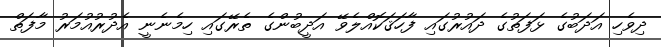
ދިވެހި އަދަބުގެ ޅަފަތުގެ ދައުރުގައި ފާހަޤަކޮއްލެވޭ އަދީބުންގެ ތެރޭގައި ހިމެނެނީ އެދުރުއުމަރު މާފަތް